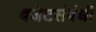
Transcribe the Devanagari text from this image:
बजेटसंबंधी